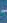
-